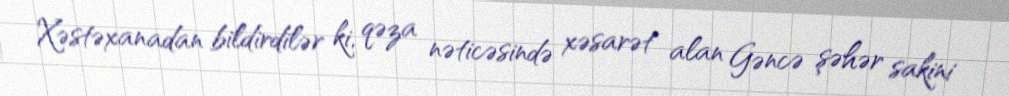
Xəstəxanadan bildirdilər ki, qəza nəticəsində xəsarət alan Gəncə şəhər sakini